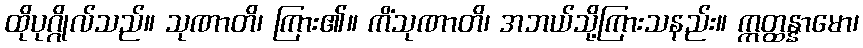
ထိုပုဂ္ဂိုလ်သည်။ သုဏာတိ၊ ကြား၏။ ကိံသုဏာတိ၊ အဘယ်သို့ကြားသနည်း။ ဣတ္ထန္နာမော၊